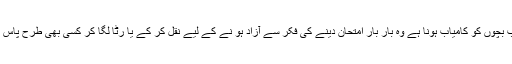
دیکھیے صاحب بچوں کو کامیاب ہونا ہے وہ بار بار امتحان دینے کی فکر سے آزاد ہو نے کے لیے نقل کر کے یا رٹّا لگا کر کسی بھی طرح پاس ہونا چاہتے ہیں۔